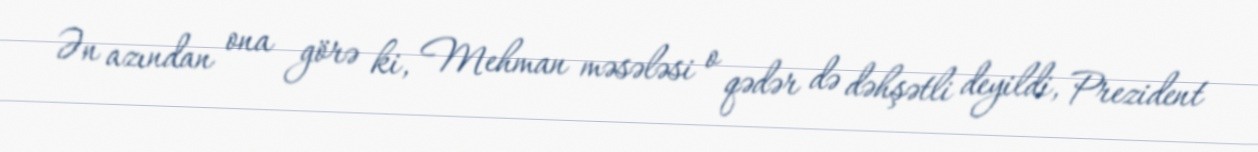
Ən azından ona görə ki, Mehman məsələsi o qədər də dəhşətli deyildi, Prezident